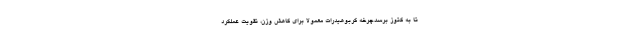
تا به کتوز برسد.چرخه کربوهیدرات معمولاً برای کاهش وزن، تقویت عملکرد